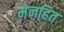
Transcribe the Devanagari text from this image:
मेनहित